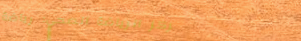
مركز الرياضة الصحي: رياضة